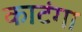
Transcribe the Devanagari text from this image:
काटंगा